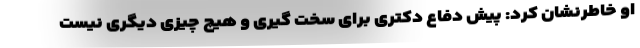
او خاطرنشان کرد: پیش دفاع دکتری برای سخت گیری و هیچ چیزی دیگری نیست